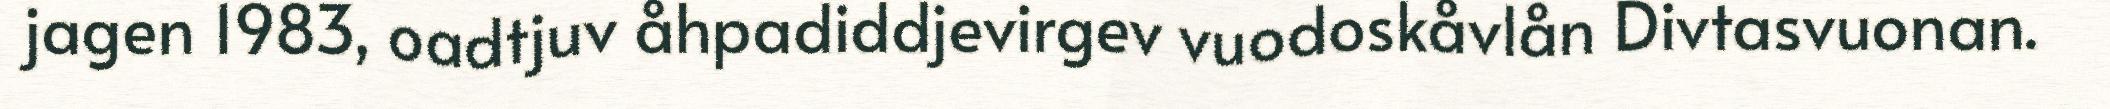
jagen 1983, oadtjuv åhpadiddjevirgev vuodoskåvlån Divtasvuonan.